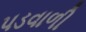
પડવાળી